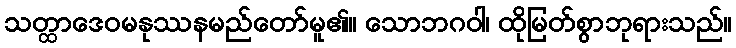
သတ္ထာဒေဝမနုဿနမည်တော်မူ၏။ သောဘဂဝါ၊ ထိုမြတ်စွာဘုရားသည်။